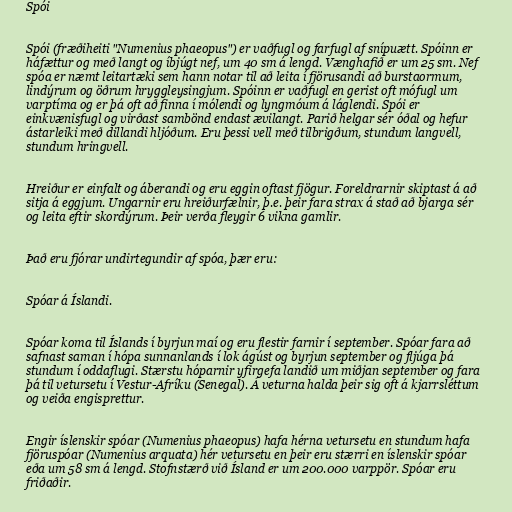
Spói

Spói (fræðiheiti "Numenius phaeopus") er vaðfugl og farfugl af snípuætt. Spóinn er
háfættur og með langt og íbjúgt nef, um 40 sm á lengd. Vænghafið er um 25 sm. Nef
spóa er næmt leitartæki sem hann notar til að leita í fjörusandi að burstaormum,
lindýrum og öðrum hryggleysingjum. Spóinn er vaðfugl en gerist oft mófugl um
varptíma og er þá oft að finna í mólendi og lyngmóum á láglendi. Spói er
einkvænisfugl og virðast sambönd endast ævilangt. Parið helgar sér óðal og hefur
ástarleiki með dillandi hljóðum. Eru þessi vell með tilbrigðum, stundum langvell,
stundum hringvell.

Hreiður er einfalt og áberandi og eru eggin oftast fjögur. Foreldrarnir skiptast á að
sitja á eggjum. Ungarnir eru hreiðurfælnir, þ.e. þeir fara strax á stað að bjarga sér
og leita eftir skordýrum. Þeir verða fleygir 6 vikna gamlir.

Það eru fjórar undirtegundir af spóa, þær eru:

Spóar á Íslandi.

Spóar koma til Íslands í byrjun maí og eru flestir farnir í september. Spóar fara að
safnast saman í hópa sunnanlands í lok ágúst og byrjun september og fljúga þá
stundum í oddaflugi. Stærstu hóparnir yfirgefa landið um miðjan september og fara
þá til vetursetu í Vestur-Afríku (Senegal). Á veturna halda þeir sig oft á kjarrsléttum
og veiða engisprettur.

Engir íslenskir spóar (Numenius phaeopus) hafa hérna vetursetu en stundum hafa
fjöruspóar (Numenius arquata) hér vetursetu en þeir eru stærri en íslenskir spóar
eða um 58 sm á lengd. Stofnstærð við Ísland er um 200.000 varppör. Spóar eru
friðaðir.